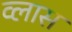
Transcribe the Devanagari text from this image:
व्लास